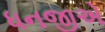
ધનજીએ